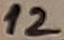
Text: 12